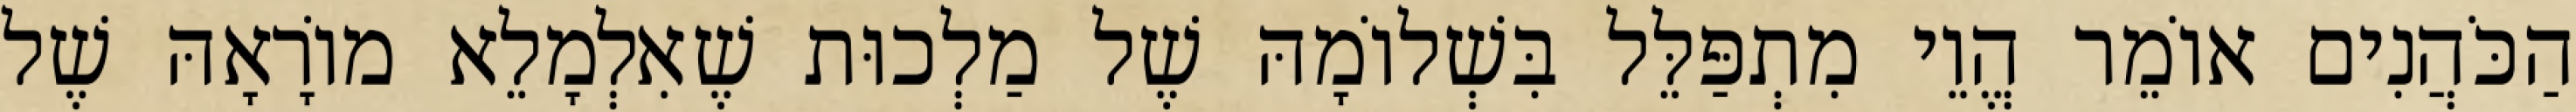
הַכֹּהֲנִים אוֹמֵר הֱוֵי מִתְפַּלֵּל בִּשְׁלוֹמָהּ שֶׁל מַלְכוּת שֶׁאִלְמָלֵא מוֹרָאָהּ שֶׁל